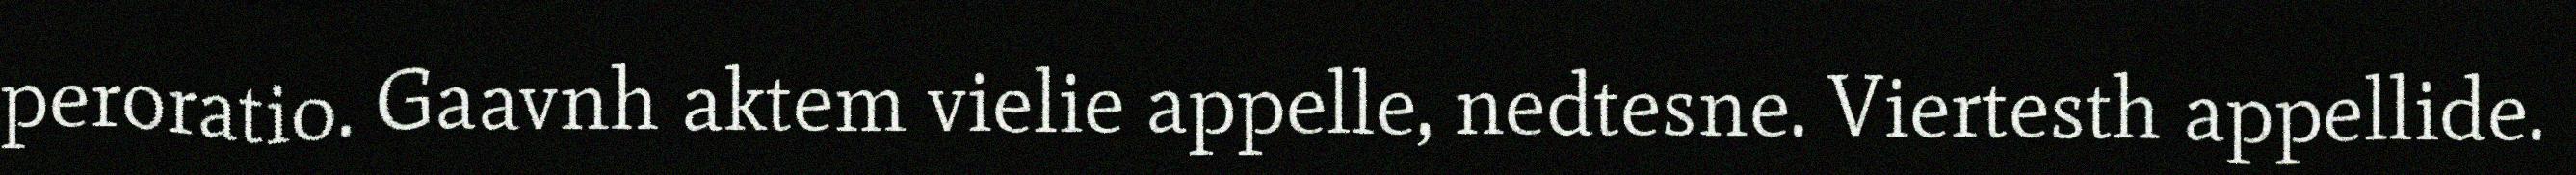
peroratio. Gaavnh aktem vielie appelle, nedtesne. Viertesth appellide.